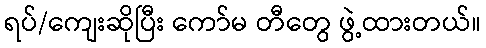
ရပ်/ကျေးဆိုပြီး ကော်မ တီတွေ ဖွဲ့ထားတယ်။